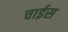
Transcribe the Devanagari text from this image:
चाईस